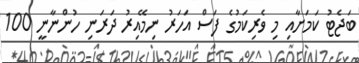
ބަޖެޓު ކަމަށާއި މި ވެރިކަމުގެ ފަސް އަހަރު ނިމޭއިރު ދަރަނި ހުންނާނީ 100